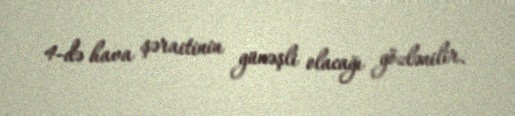
4-də hava şəraitinin günəşli olacağı gözlənilir.